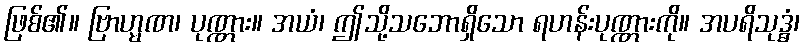
ဖြစ်၏။ ဗြာဟ္မဏ၊ ပုဏ္ဏား။ အယံ၊ ဤသို့သဘောရှိသော ရဟန်းပုဏ္ဏားကို။ အပရိသုဒ္ဓံ၊